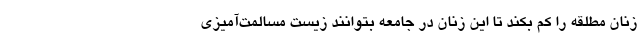
زنان مطلقه را کم بکند تا این زنان در جامعه بتوانند زیست مسالمت‌آمیزی